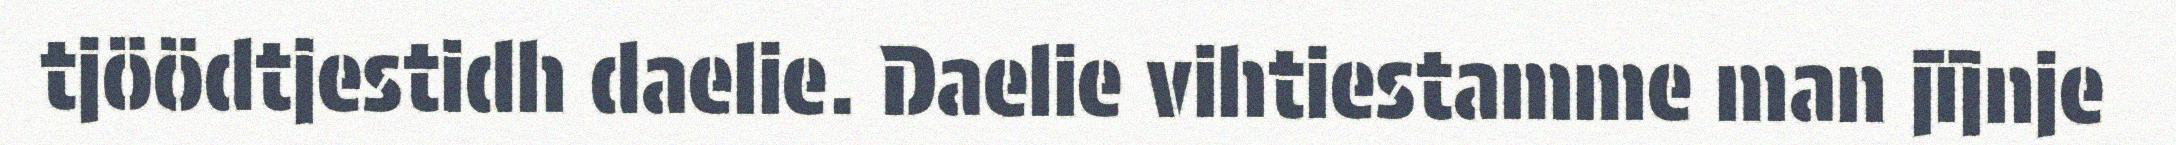
tjöödtjestidh daelie. Daelie vihtiestamme man jïjnje